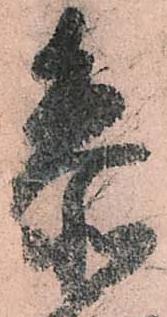
参